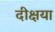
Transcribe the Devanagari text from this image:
दीक्षया